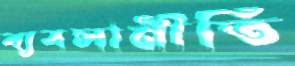
ব্যবসানীতি